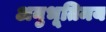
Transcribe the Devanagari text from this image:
अनुभूतिमय